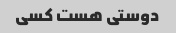
دوستی هست کسی